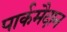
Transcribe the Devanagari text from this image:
पार्कमैदान